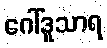
ဂေါ်ဒူသာရ